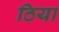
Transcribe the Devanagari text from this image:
ठिया